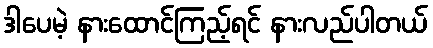
ဒါပေမဲ့ နားထောင်ကြည့်ရင် နားလည်ပါတယ်